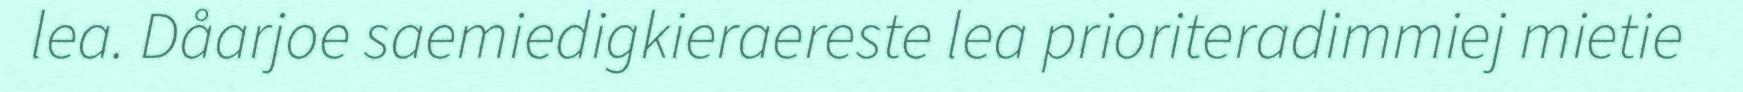
lea. Dåarjoe saemiedigkieraereste lea prioriteradimmiej mietie